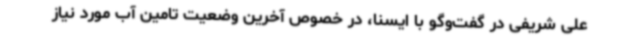
علی شریفی در گفت‌وگو با ایسنا، در خصوص آخرین وضعیت تامین آب مورد نیاز